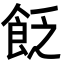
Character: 𩚮